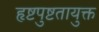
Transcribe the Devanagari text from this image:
हृष्टपुष्टतायुक्त